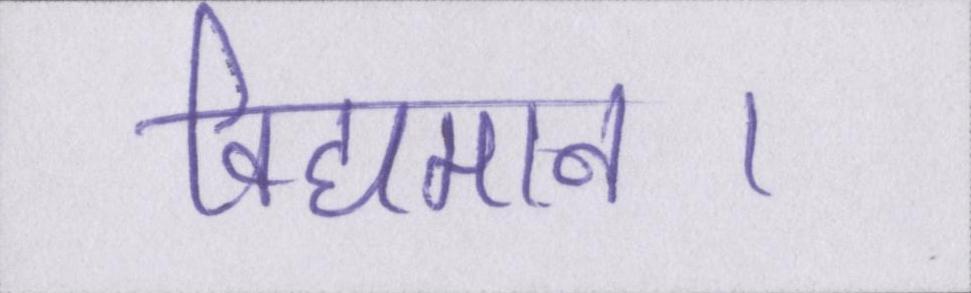
विद्यमान।